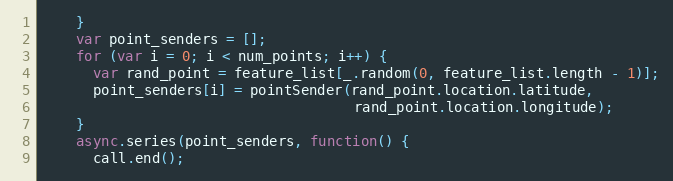
Language: JavaScript
    }
    var point_senders = [];
    for (var i = 0; i < num_points; i++) {
      var rand_point = feature_list[_.random(0, feature_list.length - 1)];
      point_senders[i] = pointSender(rand_point.location.latitude,
                                     rand_point.location.longitude);
    }
    async.series(point_senders, function() {
      call.end();